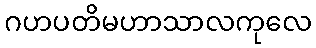
ဂဟပတိမဟာသာလကုလေ